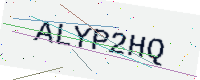
Text: ALYP2HQ